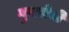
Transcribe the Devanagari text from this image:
गुप्ततेची